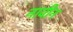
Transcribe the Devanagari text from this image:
नावीन